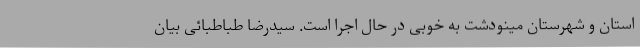
استان و شهرستان مینودشت به خوبی در حال اجرا است. سیدرضا طباطبائی بیان